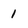
Character: 1